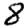
Digit: 8